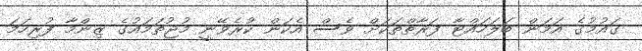
ގައުމުގެ އަމަން ބަލަހައްޓާ ފަރާތްތަކަށް ވެސް އެކަން ކުރެވޭނީ މުޖުތަމައުގެ ޒިންމާ ފުރިހަމަ